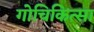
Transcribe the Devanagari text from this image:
गोचिकित्सा